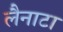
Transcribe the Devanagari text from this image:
लैनाटा